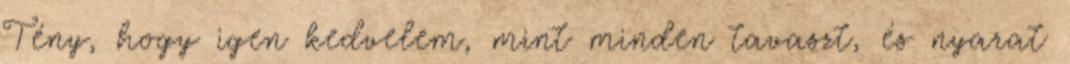
Tény, hogy igen kedvelem, mint minden tavaszt, és nyarat